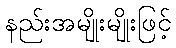
နည်းအမျိုးမျိုးဖြင့်